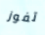
تفوز